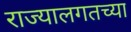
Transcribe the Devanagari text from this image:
राज्यालगतच्या